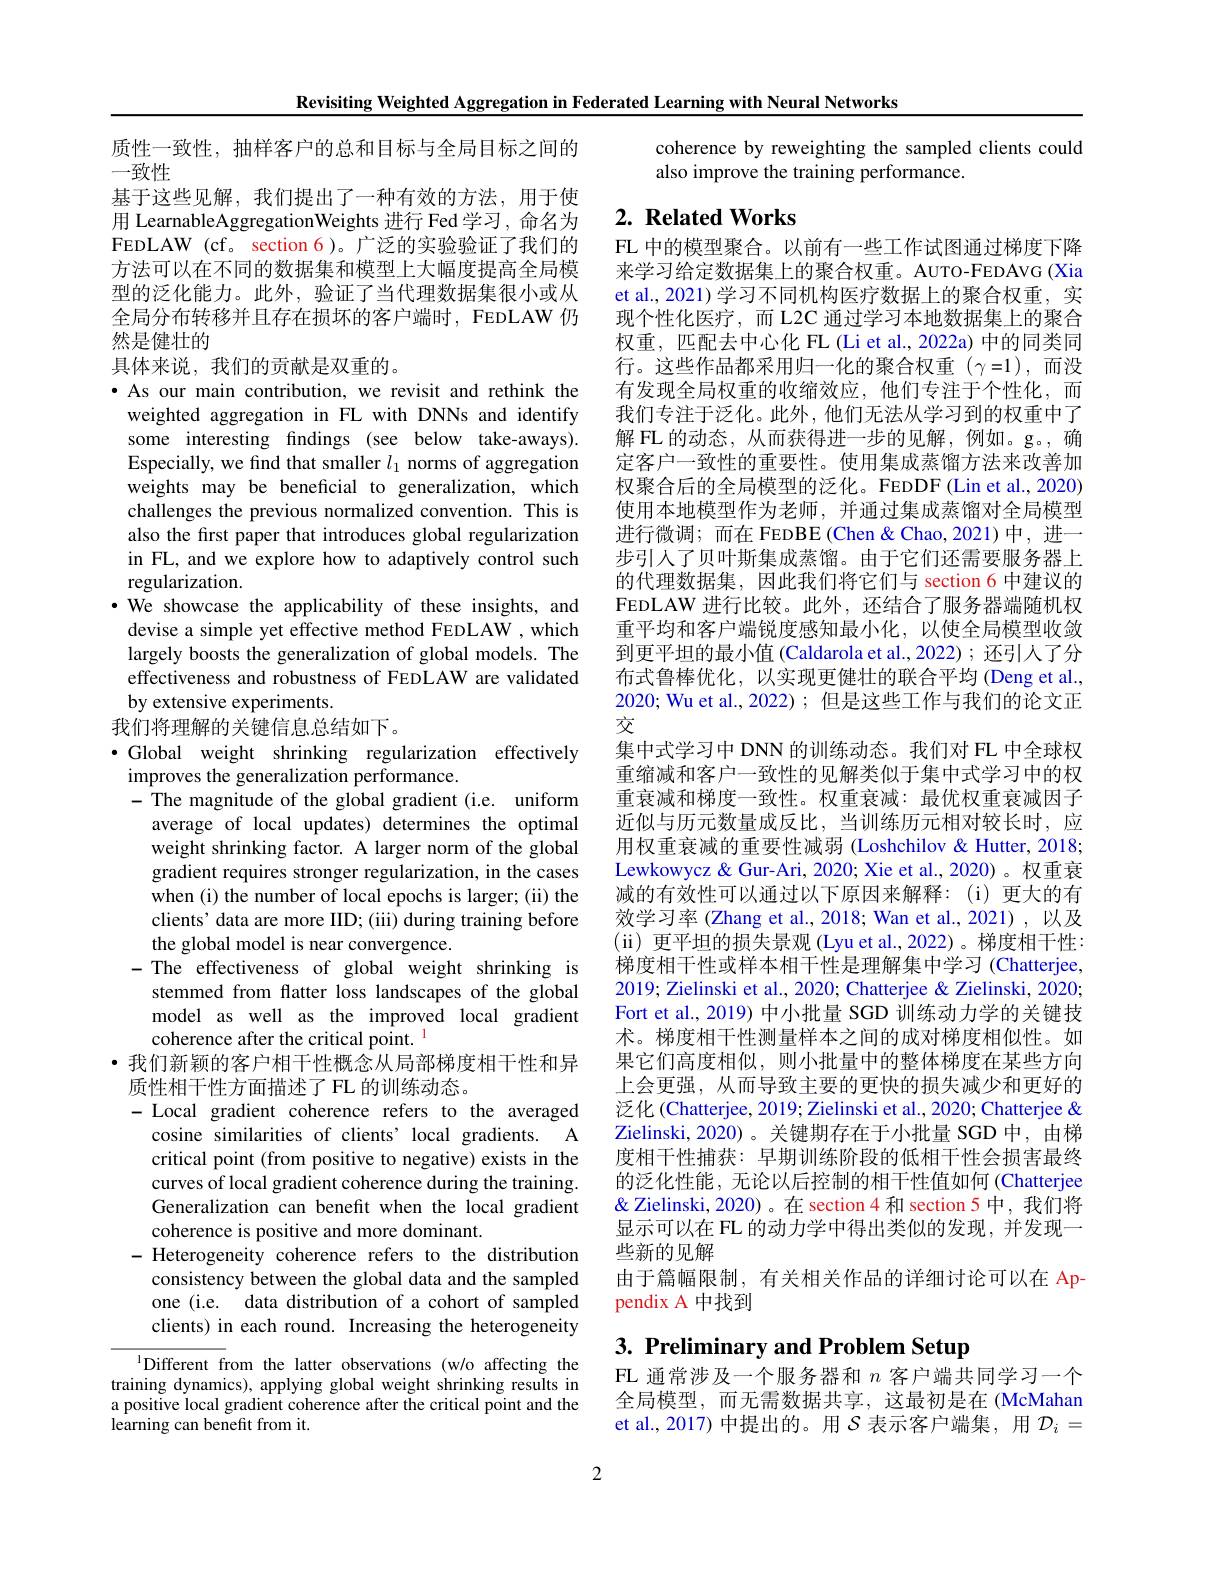
Revisiting Weighted Aggregation in Federated Learning with Neural Networks

质性一致性，抽样客户的总和目标与全局目标之间的
一致性
基于这些见解，我们提出了一种有效的方法，用于使用 LearnableAggregationWeights 进行 Fed 学习，命名为FEDLAW (cf。section 6)。广泛的实验验证了我们的方法可以在不同的数据集和模型上大幅度提高全局模型的泛化能力。此外，验证了当代理数据集很小或从全局分布转移并且存在损坏的客户端时，FEDLAW 仍然是健壮的
具体来说，我们的贡献是双重的。

·As our main contribution, we revisit and rethink the weighted aggregation in FL with DNNs and identify some interesting findings (see below take-aways). Especially, we find that smaller $l_1$ norms of aggregation weights may be beneficial to generalization, which challenges the previous normalized convention. This is also the first paper that introduces global regularization in FL, and we explore how to adaptively control such regularization.
·We showcase the applicability of these insights, and devise a simple yet effective method FEDLAW , which largely boosts the generalization of global models. The effectiveness and robustness of FEDLAW are validated by extensive experiments.
我们将理解的关键信息总结如下。
$\bullet$ Global weight shrinking regularization effectively
improves the generalization performance.
-The magnitude of the global gradient (i.e. uniform
average of local updates) determines the optimal weight shrinking factor. A larger norm of the global gradient requires stronger regularization, in the cases when (i) the number of local epochs is larger; (ii) the clients' data are more IID; (iii) during training before the global model is near convergence.
- The effectiveness of global weight shrinking is stemmed from flatter loss landscapes of the global model as well as the improved local gradient coherence after the critical point.
· 我们新颖的客户相干性概念从局部梯度相干性和异
质性相干性方面描述了 FL 的训练动态。
- Local gradient coherence refers to the averaged
cosine similarities of clients' local gradients. A critical point (from positive to negative) exists in the curves of local gradient coherence during the training. Generalization can benefit when the local gradient coherence is positive and more dominant.
- Heterogeneity coherence refers to the distribution
consistency between the global data and the sampled one (i.e. data distribution of a cohort of sampled clients) in each round. Increasing the heterogeneity $^{1}$Different from the latter observations (w/o affecting the
training dynamics), applying global weight shrinking results in a positive local gradient coherence after the critical point and the

$\dot{\text{learning can benefit from it.}}$

coherence by reweighting the sampled clients could
also improve the training performance.

## 2. Related Works

FL 中的模型聚合。以前有一些工作试图通过梯度下降来学习给定数据集上的聚合权重。AUTO-FEDAVG (Xia et al., 2021) 学习不同机构医疗数据上的聚合权重，实现个性化医疗，而 L2C 通过学习本地数据集上的聚合权重，匹配去中心化 FL (Li et al., 2022a) 中的同类同行。这些作品都采用归一化的聚合权重($\gamma=1),而没$ 有发现全局权重的收缩效应，他们专注于个性化，而我们专注于泛化。此外，他们无法从学习到的权重中了解 FL 的动态，从而获得进一步的见解，例如。g。,确定客户一致性的重要性。使用集成蒸馏方法来改善加权聚合后的全局模型的泛化。FEDDF(Lin et al., 2020) 使用本地模型作为老师，并通过集成蒸馏对全局模型进行微调；而在 FEDBE(Chen & Chao,2021)中，进一步引人了贝叶斯集成蒸馏。由于它们还需要服务器上的代理数据集，因此我们将它们与 section 6 中建议的FEDLAW 进行比较。此外，还结合了服务器端随机权重平均和客户端锐度感知最小化，以使全局模型收敛到更平坦的最小值 (Caldarola et al.,2022); 还引人了分布式鲁棒优化，以实现更健壮的联合平均 (Deng et al., 2020; Wu et al., 2022); 但是这些工作与我们的论文正交
集中式学习中 DNN 的训练动态。我们对 FL 中全球权重缩减和客户一致性的见解类似于集中式学习中的权重衰减和梯度一致性。权重衰减：最优权重衰减因子近似与历元数量成反比，当训练历元相对较长时，应用权重衰减的重要性减弱 (Loshchilov &Hutter, 2018; Lewkowycz & Gur-Ari, 2020; Xie et al., 2020)。权重衰减的有效性可以通过以下原因来解释：(i)更大的有效学习率 (Zhang et al., 2018; Wan et al., 2021) , 以及(ii)更平坦的损失景观 (Lyu et al.,2022)。梯度相干性： 梯度相干性或样本相干性是理解集中学习 (Chatterjee, 2019; Zielinski et al., 2020; Chatterjee & Zielinski, 2020; Fort et al., 2019) 中小批量 SGD 训练动力学的关键技术。梯度相干性测量样本之间的成对梯度相似性。如果它们高度相似，则小批量中的整体梯度在某些方向上会更强，从而导致主要的更快的损失减少和更好的泛化 (Chatterjee, 2019; Zielinski et al., 2020; Chatterjee & Zielinski, 2020)。关键期存在于小批量 SGD 中，由梯度相干性捕获：早期训练阶段的低相干性会损害最终的泛化性能，无论以后控制的相干性值如何(Chatterjee & Zielinski, 2020)。在 section 4 和 section 5 中，我们将显示可以在 FL 的动力学中得出类似的发现，并发现一些新的见解
由于篇幅限制，有关相关作品的详细讨论可以在 Ap
pendix A 中找到
3. Preliminary and Problem Setup

FL 通常涉及一个服务器和$n$客户端共同学习一个全局模型，而无需数据共享，这最初是在(McMahan et al., 2017) 中提出的。用$\mathcal{S}$表示客户端集，用$\mathcal{D}_i=$

2